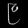
Digit: ၉